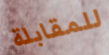
للمقابلة